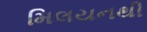
મિલયનથી